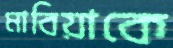
মাবিয়াকে